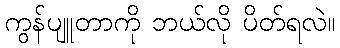
ကွန်ပျူတာကို ဘယ်လို ပိတ်ရလဲ။